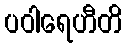
ပဝါရေဟီတိ